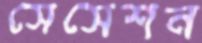
সেসেশন